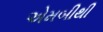
એમબીથી